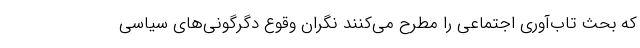
که بحث تاب‌آوری اجتماعی را مطرح می‌کنند نگران وقوع دگرگونی‌های سیاسی